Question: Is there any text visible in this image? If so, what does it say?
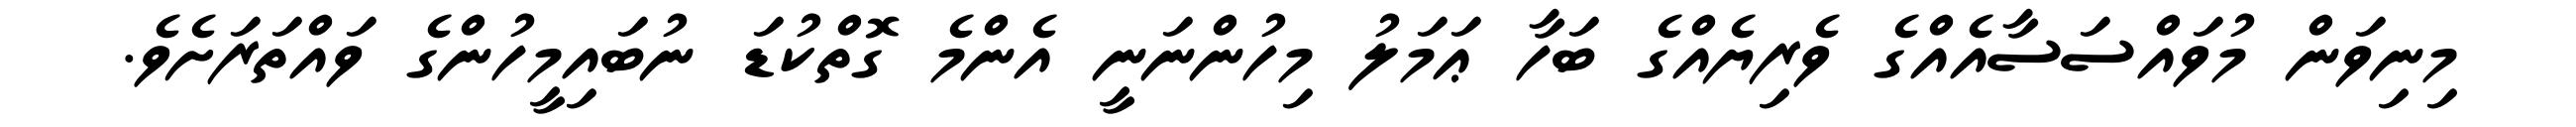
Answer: މިނިވަން މުވައްސަސާއެއްގެ ވެރިޔެއްގެ ބަހާ ޢަމަލު މިހުންނަނީ އެންމެ ގޮތްކުޑަ ނުބައިމީހުންގެ ވައްތަރަށެވެ.